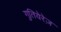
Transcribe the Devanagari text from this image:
गुतियेरेज़